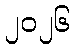
၂၀၂၆